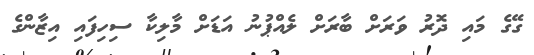
ގޭގެ މައި ދޮރު ވަރަށް ބާރަށް ލެއްޕުނު އަޑަށް މާލިކާ ސިހިފައި އިޒާންގެ